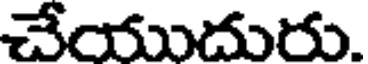
చేయుదురు.